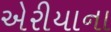
એરીયાના